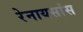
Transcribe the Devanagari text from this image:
रेनायसांस